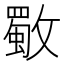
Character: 𣀈